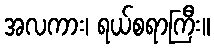
အလကား၊ ရယ်စရာကြီး။